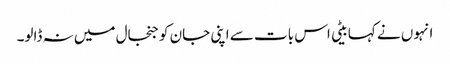
انہوں نے کہا بیٹی اس بات سے اپنی جان کو جنجال میں نہ ڈالو۔